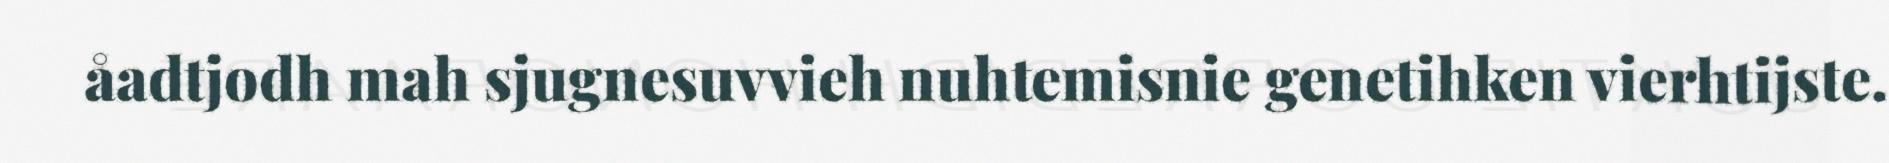
åadtjodh mah sjugnesuvvieh nuhtemisnie genetihken vierhtijste.